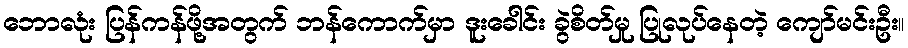
ဘောလုံး ပြန်ကန်ဖို့အတွက် ဘန်ကောက်မှာ ဒူးခေါင်း ခွဲစိတ်မှု ပြုလုပ်နေတဲ့ ကျော်မင်းဦး။